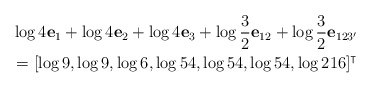
\begin{align*}&\log 4 \mathbf{e}_1+\log 4\mathbf{e}_2+\log 4\mathbf{e}_3+\log \frac{3}{2} \mathbf{e}_{12}+\log \frac{3}{2} \mathbf{e}_{123'}\\&=[\log 9,\log 9,\log 6,\log 54,\log 54,\log 54,\log 216]^\intercal\end{align*}